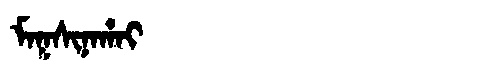
Manchu: ᠮᠠᡴᠰᡳᠨᠠᡥᠠᡳ
Romanization: MAKSINAHAI